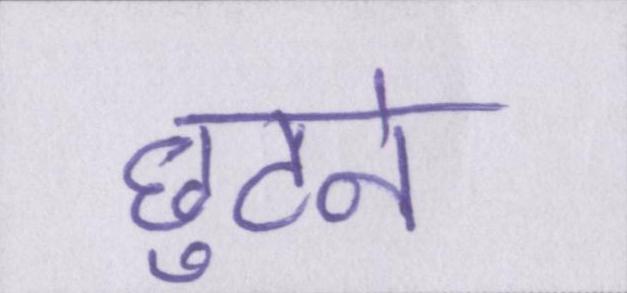
छुटने